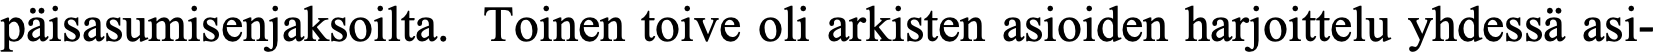
päisasumisenjaksoilta. Toinen toive oli arkisten asioiden harjoittelu yhdessä asi-